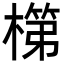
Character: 𬄏